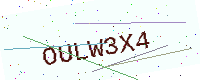
Text: OULW3X4